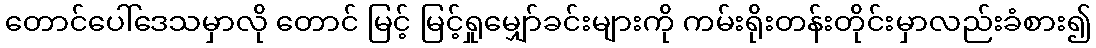
တောင်ပေါ်ဒေသမှာလို တောင် မြင့် မြင့်ရှုမျှော်ခင်းများကို ကမ်းရိုးတန်းတိုင်းမှာလည်းခံစား၍